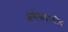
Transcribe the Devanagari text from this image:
अमेरूदण्डीय